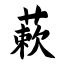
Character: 蔌